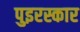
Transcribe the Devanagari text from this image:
पुइरस्कार